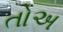
તોઅ